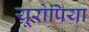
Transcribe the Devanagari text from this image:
यूरोपिया